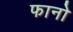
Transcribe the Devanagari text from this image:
फानो